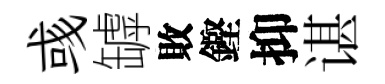
彧罅敗鏗抑谌